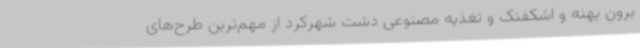
برون پهنه و اشکفتک و تغذیه مصنوعی دشت شهرکرد از مهم‌ترین طرح‌های